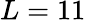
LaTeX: L=11